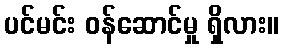
ပင်မင်း ဝန်ဆောင်မှု ရှိလား။